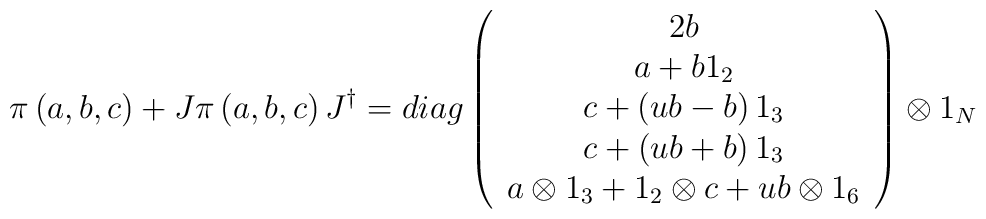
\pi \left( a,b,c\right) +J\pi \left( a,b,c\right) J^{\dagger }=diag\left( \begin{array}{c}2b \\ a+b1_2 \\ c+\left( ub-b\right) 1_3 \\ c+\left( ub+b\right) 1_3 \\ a\otimes 1_3+1_2\otimes c+ub\otimes 1_6\end{array}\right) \otimes 1_N